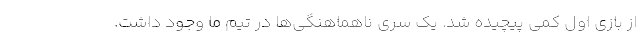
از بازی اول کمی پیچیده شد. یک سری ناهماهنگی‌ها در تیم ما وجود داشت.